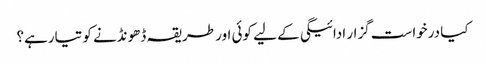
کیا درخواست گزار ادائیگی کے لیے کوئی اور طریقہ ڈھونڈنے کو تیارہے؟